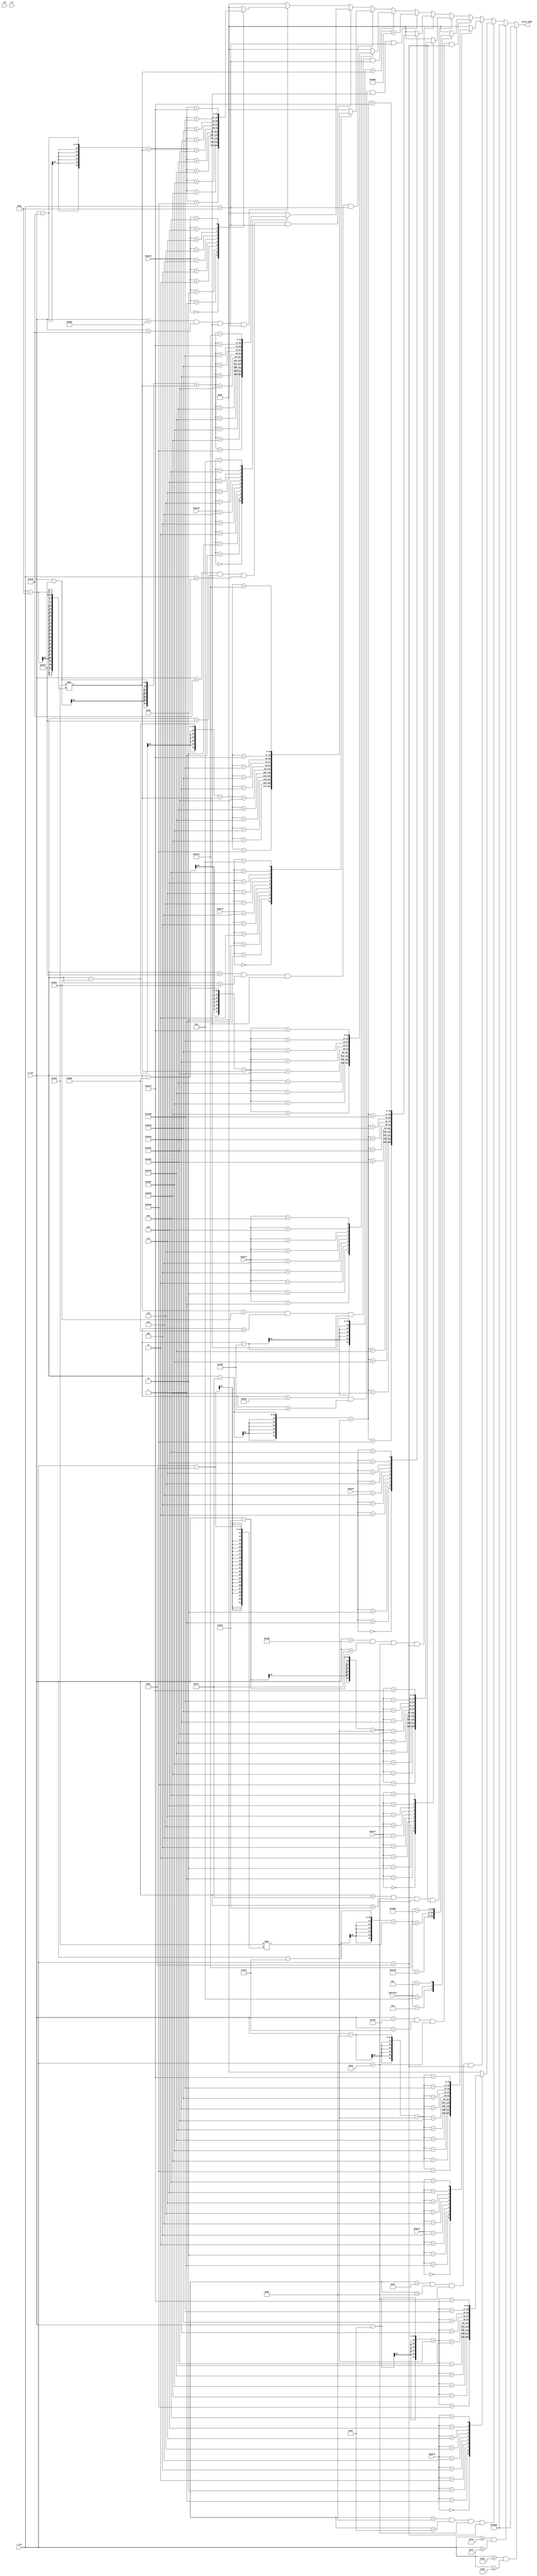
module mem_addr_gen(
  input [3:0] digit0, digit1, digit2, digit3,
  input [3:0] digit4, digit5, digit6, digit7,
  input [3:0] operator,
  input clk,
  input rst,
  input [9:0] h_cnt,
  input [9:0] v_cnt,
  output reg [16:0] pixel_addr
);
//reg [16:0] pixel_addr;
//assign pixel_addr = ((h_cnt>>1)+320*(v_cnt>>1))% 76800;  //640*480 --> 320*240 

always@*
    if (v_cnt >= 100 && v_cnt <= 105)
        pixel_addr = 10885;
    else if (v_cnt >= 250 && v_cnt <= 255)
        pixel_addr = 10885;
    else if (h_cnt < 155 && h_cnt > 135 && v_cnt < 160 && v_cnt > 140)   // dig3
    begin
        case (digit3)
            4'd0:pixel_addr = ((h_cnt - 135) + 320 * (v_cnt - 140) + 23080);
            4'd1:pixel_addr = ((h_cnt - 135) + 320 * (v_cnt - 140) + 23112);
            4'd2:pixel_addr = ((h_cnt - 135) + 320 * (v_cnt - 140) + 23135);
            4'd3:pixel_addr = ((h_cnt - 135) + 320 * (v_cnt - 140) + 23160);
            4'd4:pixel_addr = ((h_cnt - 135) + 320 * (v_cnt - 140) + 23185);
            4'd5:pixel_addr = ((h_cnt - 135) + 320 * (v_cnt - 140) + 23215);
            4'd6:pixel_addr = ((h_cnt - 135) + 320 * (v_cnt - 140) + 23242);
            4'd7:pixel_addr = ((h_cnt - 135) + 320 * (v_cnt - 140) + 23270);
            4'd8:pixel_addr = ((h_cnt - 135) + 320 * (v_cnt - 140) + 44200);
            4'd9:pixel_addr = ((h_cnt - 135) + 320 * (v_cnt - 140) + 44230);
            default:pixel_addr = 100;
        endcase
    end
    else if (h_cnt < 175 && h_cnt > 155 && v_cnt < 160 && v_cnt > 140)   // dig2
    begin
        case (digit2)
            4'd0:pixel_addr = ((h_cnt - 155) + 320 * (v_cnt - 140) + 23080);
            4'd1:pixel_addr = ((h_cnt - 155) + 320 * (v_cnt - 140) + 23112);
            4'd2:pixel_addr = ((h_cnt - 155) + 320 * (v_cnt - 140) + 23135);
            4'd3:pixel_addr = ((h_cnt - 155) + 320 * (v_cnt - 140) + 23160);
            4'd4:pixel_addr = ((h_cnt - 155) + 320 * (v_cnt - 140) + 23185);
            4'd5:pixel_addr = ((h_cnt - 155) + 320 * (v_cnt - 140) + 23215);
            4'd6:pixel_addr = ((h_cnt - 155) + 320 * (v_cnt - 140) + 23242);
            4'd7:pixel_addr = ((h_cnt - 155) + 320 * (v_cnt - 140) + 23270);
            4'd8:pixel_addr = ((h_cnt - 155) + 320 * (v_cnt - 140) + 44200);
            4'd9:pixel_addr = ((h_cnt - 155) + 320 * (v_cnt - 140) + 44230);
            default:pixel_addr = 100;
        endcase
    end
    else if (h_cnt < 310 && h_cnt > 290 && v_cnt < 160 && v_cnt > 140)   // operator
    begin
        case (operator)
            4'd10:pixel_addr = ((h_cnt - 290) + 320 * (v_cnt - 140) + 44255);    //plus '+'   
            4'd11:pixel_addr = ((h_cnt - 290) + 320 * (v_cnt - 140) + 44275);    //plus '-' 
            4'd12:pixel_addr = ((h_cnt - 290) + 320 * (v_cnt - 140) + 44300);    //plus '*"           
            default:pixel_addr = 100;
        endcase
    end
    else if (h_cnt < 455 && h_cnt > 435 && v_cnt < 160 && v_cnt > 140)   // dig1
    begin
        case (digit1)
            4'd0:pixel_addr = ((h_cnt - 435) + 320 * (v_cnt - 140) + 23080);
            4'd1:pixel_addr = ((h_cnt - 435) + 320 * (v_cnt - 140) + 23112);
            4'd2:pixel_addr = ((h_cnt - 435) + 320 * (v_cnt - 140) + 23135);
            4'd3:pixel_addr = ((h_cnt - 435) + 320 * (v_cnt - 140) + 23160);
            4'd4:pixel_addr = ((h_cnt - 435) + 320 * (v_cnt - 140) + 23185);
            4'd5:pixel_addr = ((h_cnt - 435) + 320 * (v_cnt - 140) + 23215);
            4'd6:pixel_addr = ((h_cnt - 435) + 320 * (v_cnt - 140) + 23242);
            4'd7:pixel_addr = ((h_cnt - 435) + 320 * (v_cnt - 140) + 23270);
            4'd8:pixel_addr = ((h_cnt - 435) + 320 * (v_cnt - 140) + 44200);
            4'd9:pixel_addr = ((h_cnt - 435) + 320 * (v_cnt - 140) + 44230);
            default:pixel_addr = 100;
        endcase
    end
    else if (h_cnt < 475 && h_cnt > 455 && v_cnt < 160 && v_cnt > 140)   // dig0
    begin
        case (digit0)
            4'd0:pixel_addr = ((h_cnt - 455) + 320 * (v_cnt - 140) + 23080);
            4'd1:pixel_addr = ((h_cnt - 455) + 320 * (v_cnt - 140) + 23112);
            4'd2:pixel_addr = ((h_cnt - 455) + 320 * (v_cnt - 140) + 23135);
            4'd3:pixel_addr = ((h_cnt - 455) + 320 * (v_cnt - 140) + 23160);
            4'd4:pixel_addr = ((h_cnt - 455) + 320 * (v_cnt - 140) + 23185);
            4'd5:pixel_addr = ((h_cnt - 455) + 320 * (v_cnt - 140) + 23215);
            4'd6:pixel_addr = ((h_cnt - 455) + 320 * (v_cnt - 140) + 23242);
            4'd7:pixel_addr = ((h_cnt - 455) + 320 * (v_cnt - 140) + 23270);
            4'd8:pixel_addr = ((h_cnt - 455) + 320 * (v_cnt - 140) + 44200);
            4'd9:pixel_addr = ((h_cnt - 455) + 320 * (v_cnt - 140) + 44230);
            default:pixel_addr = 100;
        endcase
    end
    else if (h_cnt < 445 && h_cnt > 425 && v_cnt < 210 && v_cnt > 190)   // '='
        pixel_addr = ((h_cnt - 425) + 320 * (v_cnt - 190) + 44330);
    else if (h_cnt < 545 && h_cnt > 525 && v_cnt < 210 && v_cnt > 190)   // dig7
    begin
        case (digit7)
            4'd1:pixel_addr = ((h_cnt - 525) + 320 * (v_cnt - 190) + 23112);
            4'd2:pixel_addr = ((h_cnt - 525) + 320 * (v_cnt - 190) + 23135);
            4'd3:pixel_addr = ((h_cnt - 525) + 320 * (v_cnt - 190) + 23160);
            4'd4:pixel_addr = ((h_cnt - 525) + 320 * (v_cnt - 190) + 23185);
            4'd5:pixel_addr = ((h_cnt - 525) + 320 * (v_cnt - 190) + 23215);
            4'd6:pixel_addr = ((h_cnt - 525) + 320 * (v_cnt - 190) + 23242);
            4'd7:pixel_addr = ((h_cnt - 525) + 320 * (v_cnt - 190) + 23270);
            4'd8:pixel_addr = ((h_cnt - 525) + 320 * (v_cnt - 190) + 44200);
            4'd9:pixel_addr = ((h_cnt - 525) + 320 * (v_cnt - 190) + 44230);
            default:pixel_addr = 100;
        endcase
    end
    else if (h_cnt < 565 && h_cnt > 545 && v_cnt < 210 && v_cnt > 190)   // dig6
    begin
        case (digit6)
            4'd0:pixel_addr = ((h_cnt - 545) + 320 * (v_cnt - 190) + 23080);
            4'd1:pixel_addr = ((h_cnt - 545) + 320 * (v_cnt - 190) + 23112);
            4'd2:pixel_addr = ((h_cnt - 545) + 320 * (v_cnt - 190) + 23135);
            4'd3:pixel_addr = ((h_cnt - 545) + 320 * (v_cnt - 190) + 23160);
            4'd4:pixel_addr = ((h_cnt - 545) + 320 * (v_cnt - 190) + 23185);
            4'd5:pixel_addr = ((h_cnt - 545) + 320 * (v_cnt - 190) + 23215);
            4'd6:pixel_addr = ((h_cnt - 545) + 320 * (v_cnt - 190) + 23242);
            4'd7:pixel_addr = ((h_cnt - 545) + 320 * (v_cnt - 190) + 23270);
            4'd8:pixel_addr = ((h_cnt - 545) + 320 * (v_cnt - 190) + 44200);
            4'd9:pixel_addr = ((h_cnt - 545) + 320 * (v_cnt - 190) + 44230);
            4'd11:pixel_addr = ((h_cnt - 545) + 320 * (v_cnt - 190) + 44275);    //plus '-' 
            default:pixel_addr = 100;
        endcase
    end
    else if (h_cnt < 585 && h_cnt > 565 && v_cnt < 210 && v_cnt > 190)   // dig5
    begin
        case (digit5)
            4'd0:pixel_addr = ((h_cnt - 565) + 320 * (v_cnt - 190) + 23080);
            4'd1:pixel_addr = ((h_cnt - 565) + 320 * (v_cnt - 190) + 23112);
            4'd2:pixel_addr = ((h_cnt - 565) + 320 * (v_cnt - 190) + 23135);
            4'd3:pixel_addr = ((h_cnt - 565) + 320 * (v_cnt - 190) + 23160);
            4'd4:pixel_addr = ((h_cnt - 565) + 320 * (v_cnt - 190) + 23185);
            4'd5:pixel_addr = ((h_cnt - 565) + 320 * (v_cnt - 190) + 23215);
            4'd6:pixel_addr = ((h_cnt - 565) + 320 * (v_cnt - 190) + 23242);
            4'd7:pixel_addr = ((h_cnt - 565) + 320 * (v_cnt - 190) + 23270);
            4'd8:pixel_addr = ((h_cnt - 565) + 320 * (v_cnt - 190) + 44200);
            4'd9:pixel_addr = ((h_cnt - 565) + 320 * (v_cnt - 190) + 44230);
            4'd11:pixel_addr = ((h_cnt - 565) + 320 * (v_cnt - 190) + 44275);    //plus '-' 
            default:pixel_addr = 100;
        endcase
    end
    else if (h_cnt < 605 && h_cnt > 585 && v_cnt < 210 && v_cnt > 190)   // dig4
    begin
        case (digit4)
            4'd0:pixel_addr = ((h_cnt - 585) + 320 * (v_cnt - 190) + 23080);
            4'd1:pixel_addr = ((h_cnt - 585) + 320 * (v_cnt - 190) + 23112);
            4'd2:pixel_addr = ((h_cnt - 585) + 320 * (v_cnt - 190) + 23135);
            4'd3:pixel_addr = ((h_cnt - 585) + 320 * (v_cnt - 190) + 23160);
            4'd4:pixel_addr = ((h_cnt - 585) + 320 * (v_cnt - 190) + 23185);
            4'd5:pixel_addr = ((h_cnt - 585) + 320 * (v_cnt - 190) + 23215);
            4'd6:pixel_addr = ((h_cnt - 585) + 320 * (v_cnt - 190) + 23242);
            4'd7:pixel_addr = ((h_cnt - 585) + 320 * (v_cnt - 190) + 23270);
            4'd8:pixel_addr = ((h_cnt - 585) + 320 * (v_cnt - 190) + 44200);
            4'd9:pixel_addr = ((h_cnt - 585) + 320 * (v_cnt - 190) + 44230);
            default:pixel_addr = 100;
        endcase
    end
    else
        pixel_addr = 100;
    
endmodule